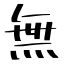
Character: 無